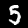
Digit: 5